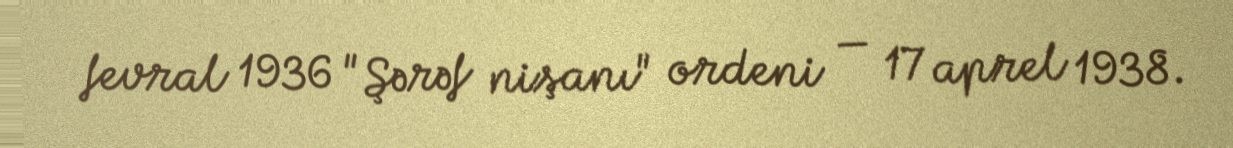
fevral 1936 "Şərəf nişanı" ordeni — 17 aprel 1938.